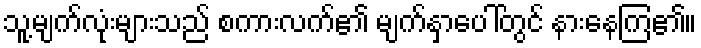
သူ့မျက်လုံးများသည် စကားလက်၏ မျက်နှာပေါ်တွင် နားနေကြ၏။